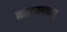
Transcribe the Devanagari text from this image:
नारायणदासु